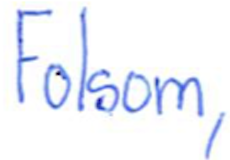
Text: Folsom,
Cross-out: clean
Writing tool: ballpoint